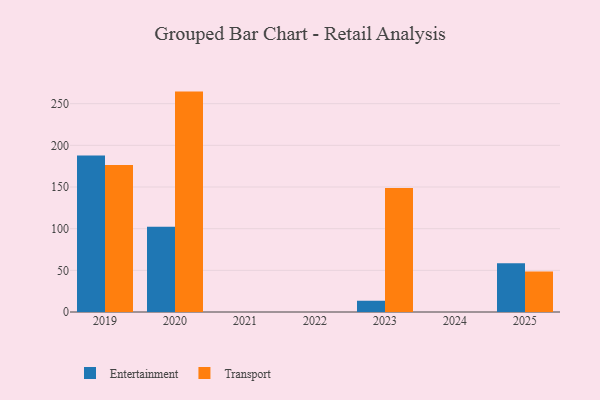
{"axis": {"x": "Year", "y": "Backlog"}, "legend": ["Entertainment", "Transport"], "data": [{"x": "2019", "y": 187.7, "type": "Entertainment"}, {"x": "2019", "y": 176.4, "type": "Transport"}, {"x": "2020", "y": 102.3, "type": "Entertainment"}, {"x": "2020", "y": 264.5, "type": "Transport"}, {"x": "2025", "y": 58.6, "type": "Entertainment"}, {"x": "2025", "y": 48.5, "type": "Transport"}, {"x": "2023", "y": 13.5, "type": "Entertainment"}, {"x": "2023", "y": 148.8, "type": "Transport"}]}